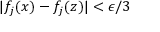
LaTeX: | f _ { j } ( x ) - f _ { j } ( z ) | < \epsilon / 3